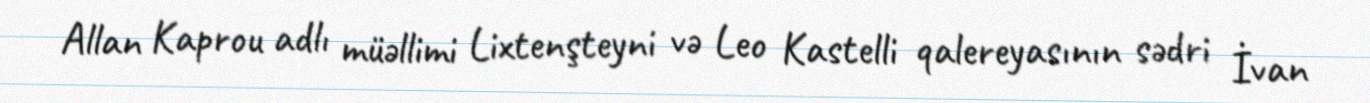
Allan Kaprou adlı müəllimi Lixtenşteyni və Leo Kastelli qalereyasının sədri İvan